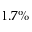
1 . 7 \%